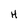
Character: H